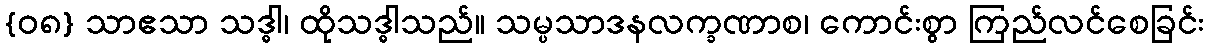
{၀၈} သာဧသာ သဒ္ဓါ၊ ထိုသဒ္ဓါသည်။ သမ္ပသာဒနလက္ခဏာစ၊ ကောင်းစွာ ကြည်လင်စေခြင်း